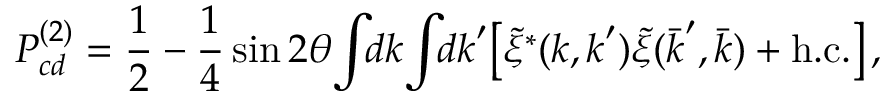
P _ { c d } ^ { ( 2 ) } = \frac { 1 } { 2 } - \frac { 1 } { 4 } \sin 2 \theta \! \int \! \! d \boldsymbol { k } \! \int \! \! d \boldsymbol { k } ^ { \prime } \! \left[ \tilde { \xi } ^ { * } ( \boldsymbol { k } , \boldsymbol { k } ^ { \prime } ) \tilde { \xi } ( \bar { \boldsymbol { k } } ^ { \prime } , \bar { \boldsymbol { k } } ) + \mathrm { h . c . } \right] ,